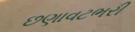
છણાવટભરી